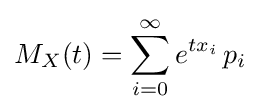
M_{X}(t)=\sum _{i=0}^{\infty }e^{tx_{i}}\,p_{i}